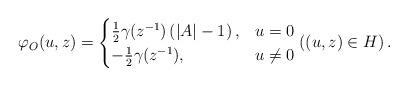
LaTeX: \begin{align*} \varphi_O(u,z) = \begin{cases}\frac{1}{2}\gamma(z^{-1}) \left( |A| - 1 \right), & u=0 \\-\frac{1}{2} \gamma(z^{-1}), & u \neq 0\end{cases}\left( (u,z) \in H \right).\end{align*}